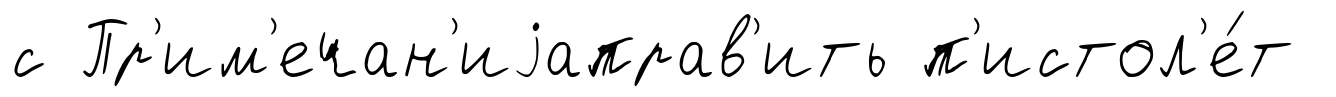
с Пр'им'ечан'иjаправ'ить п'истол'е́т